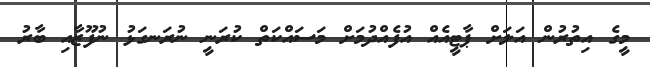
މީގެ އިތުރުން އަލަށް ޕާޓީއެއް އުފެއްދުމަށް މަސައްކަތް ކުރަނީ ނުރަނގަޅު ނުފޫޒާއި ބާރު